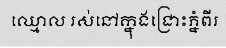
ឈ្មោល រស់នៅក្នុងជ្រោះភ្នំពីរ